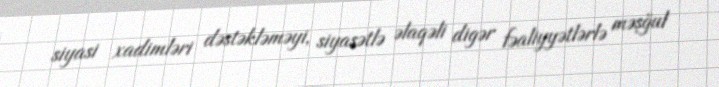
siyasi xadimləri dəstəkləməyi, siyasətlə əlaqəli digər fəaliyyətlərlə məşğul